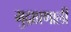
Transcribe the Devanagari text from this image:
मुद्राप्रणाली